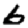
Digit: 6